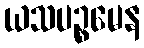
ယသပဉ္စမေန